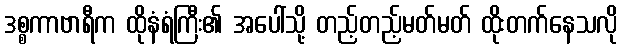
ဒစ္စကာဗာရီက ထိုနံရံကြီး၏ အပေါ်သို့ တည့်တည့်မတ်မတ် ထိုးတက်နေသလို